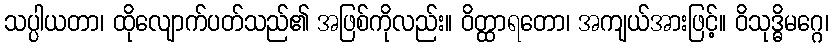
သပ္ပါယတာ၊ ထိုလျောက်ပတ်သည်၏ အဖြစ်ကိုလည်း။ ဝိတ္ထာရတော၊ အကျယ်အားဖြင့်။ ဝိသုဒ္ဓိမဂ္ဂေ၊